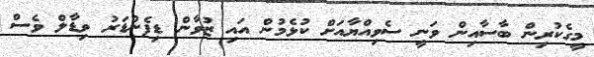
މީގެކުރިން ބާސާއިން ވަނީ ސެވިއްޔާއަށް ކުޅެމުން އައި ޒުވާން ޑިފެންޑަރު ވިޑާލް ވެސް